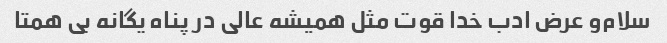
سلام‌و عرض ادب خدا قوت مثل همیشه عالی در پناه یگانه بی همتا